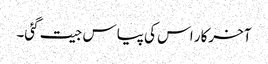
آخرکار اس کی پیاس جیت گئی۔